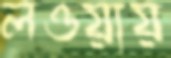
লওয়ায়